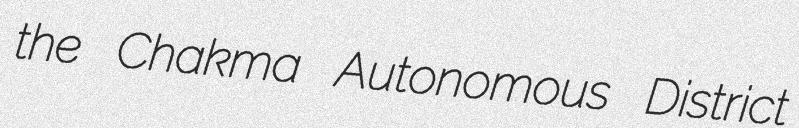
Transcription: the Chakma Autonomous District